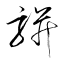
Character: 駢